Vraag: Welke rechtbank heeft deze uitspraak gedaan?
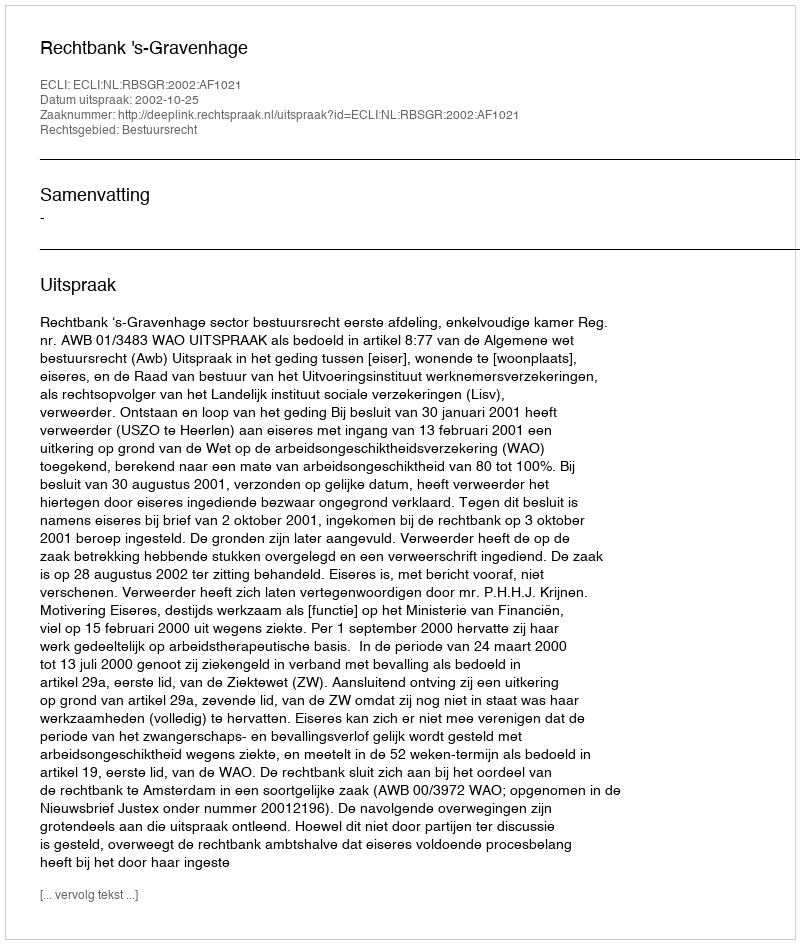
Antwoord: Rechtbank 's-Gravenhage